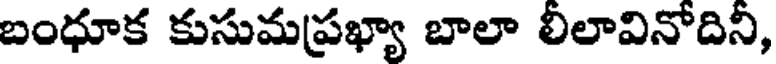
బంధూక కుసుమప్రఖ్యా బాలా లిలావినోదిని,